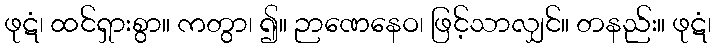
ဖုဋံ၊ ထင်ရှားစွာ။ ကတွာ၊ ၍။ ဉာဏေနေဝ၊ ဖြင့်သာလျှင်။ တနည်း။ ဖုဋံ၊